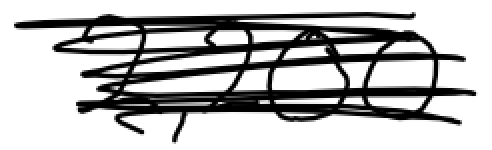
Text: 2,200
Cross-out: scratch
Writing tool: digital_black